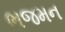
ભજમન